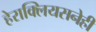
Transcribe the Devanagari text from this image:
हेराक्लियसनेही